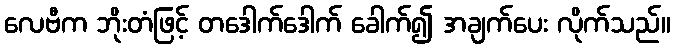
လေဗီက ဘိုးတံဖြင့် တဒေါက်ဒေါက် ခေါက်၍ အချက်ပေး လိုက်သည်။